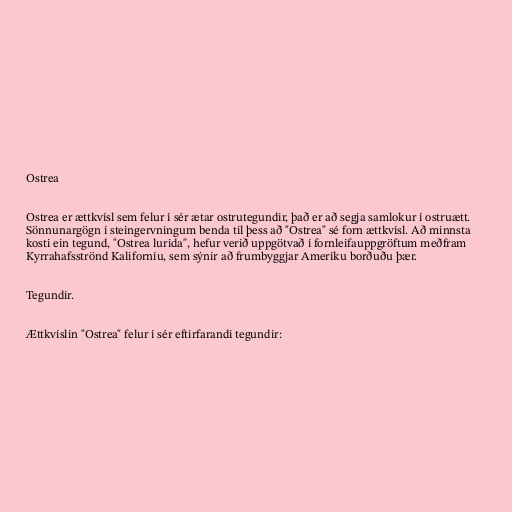
Ostrea

Ostrea er ættkvísl sem felur í sér ætar ostrutegundir, það er að segja samlokur í ostruætt.
Sönnunargögn í steingervningum benda til þess að "Ostrea" sé forn ættkvísl. Að minnsta
kosti ein tegund, "Ostrea lurida", hefur verið uppgötvað í fornleifauppgröftum meðfram
Kyrrahafsströnd Kaliforníu, sem sýnir að frumbyggjar Ameríku borðuðu þær.

Tegundir.

Ættkvíslin "Ostrea" felur í sér eftirfarandi tegundir: